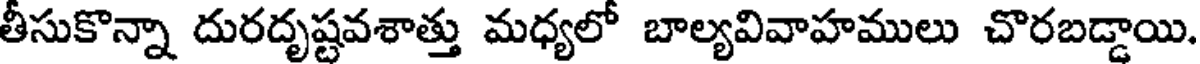
తీసుకొన్నా దురదృష్టవశాత్తు మధ్యలో బాల్యవివాహములు చొరబడ్డాయి.